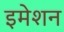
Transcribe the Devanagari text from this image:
इमेशन